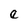
Character: e